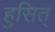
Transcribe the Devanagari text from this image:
हुसित्